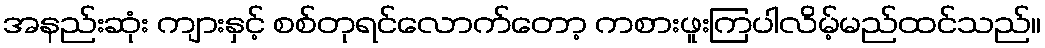
အနည်းဆုံး ကျားနှင့် စစ်တုရင်လောက်တော့ ကစားဖူးကြပါလိမ့်မည်ထင်သည်။